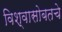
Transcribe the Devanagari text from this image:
विश्वासोबतचे